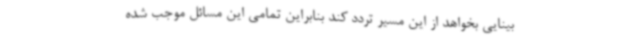
بینایی بخواهد از این مسیر تردد کند بنابراین تمامی این مسائل موجب شده